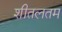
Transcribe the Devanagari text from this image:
शीतलतम